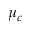
\mu _ { c }